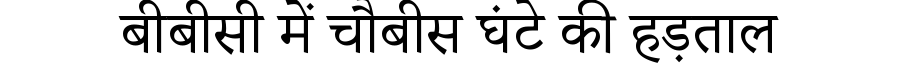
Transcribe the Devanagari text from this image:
बीबीसी में चौबीस घंटे की हड़ताल